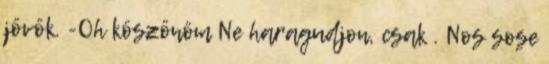
jövök. -Oh köszönöm Ne haragudjon, csak . Nos sose